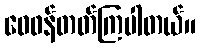
ဝေဖန်တတ်ကြပါတယ်။